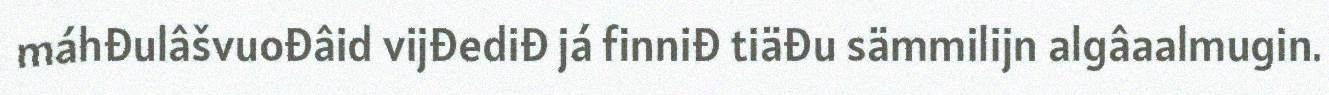
máhđulâšvuođâid vijđediđ já finniđ tiäđu sämmilijn algâaalmugin.